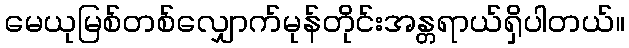
မေယုမြစ်တစ်လျှောက်မုန်တိုင်းအန္တရာယ်ရှိပါတယ်။